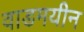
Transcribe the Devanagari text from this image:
वाडमयीन